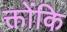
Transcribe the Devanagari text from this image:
क्तोंकि